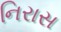
નિરાસ